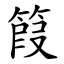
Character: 䈔